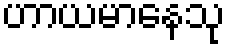
ဟာယမာနေသု